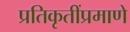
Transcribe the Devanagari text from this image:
प्रतिकृतींप्रमाणे